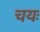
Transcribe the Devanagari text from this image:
चयः